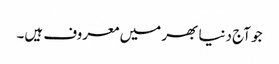
جو آج دنیا بھر میں معروف ہیں۔